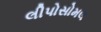
લીપોસોમલ